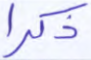
ذكرا